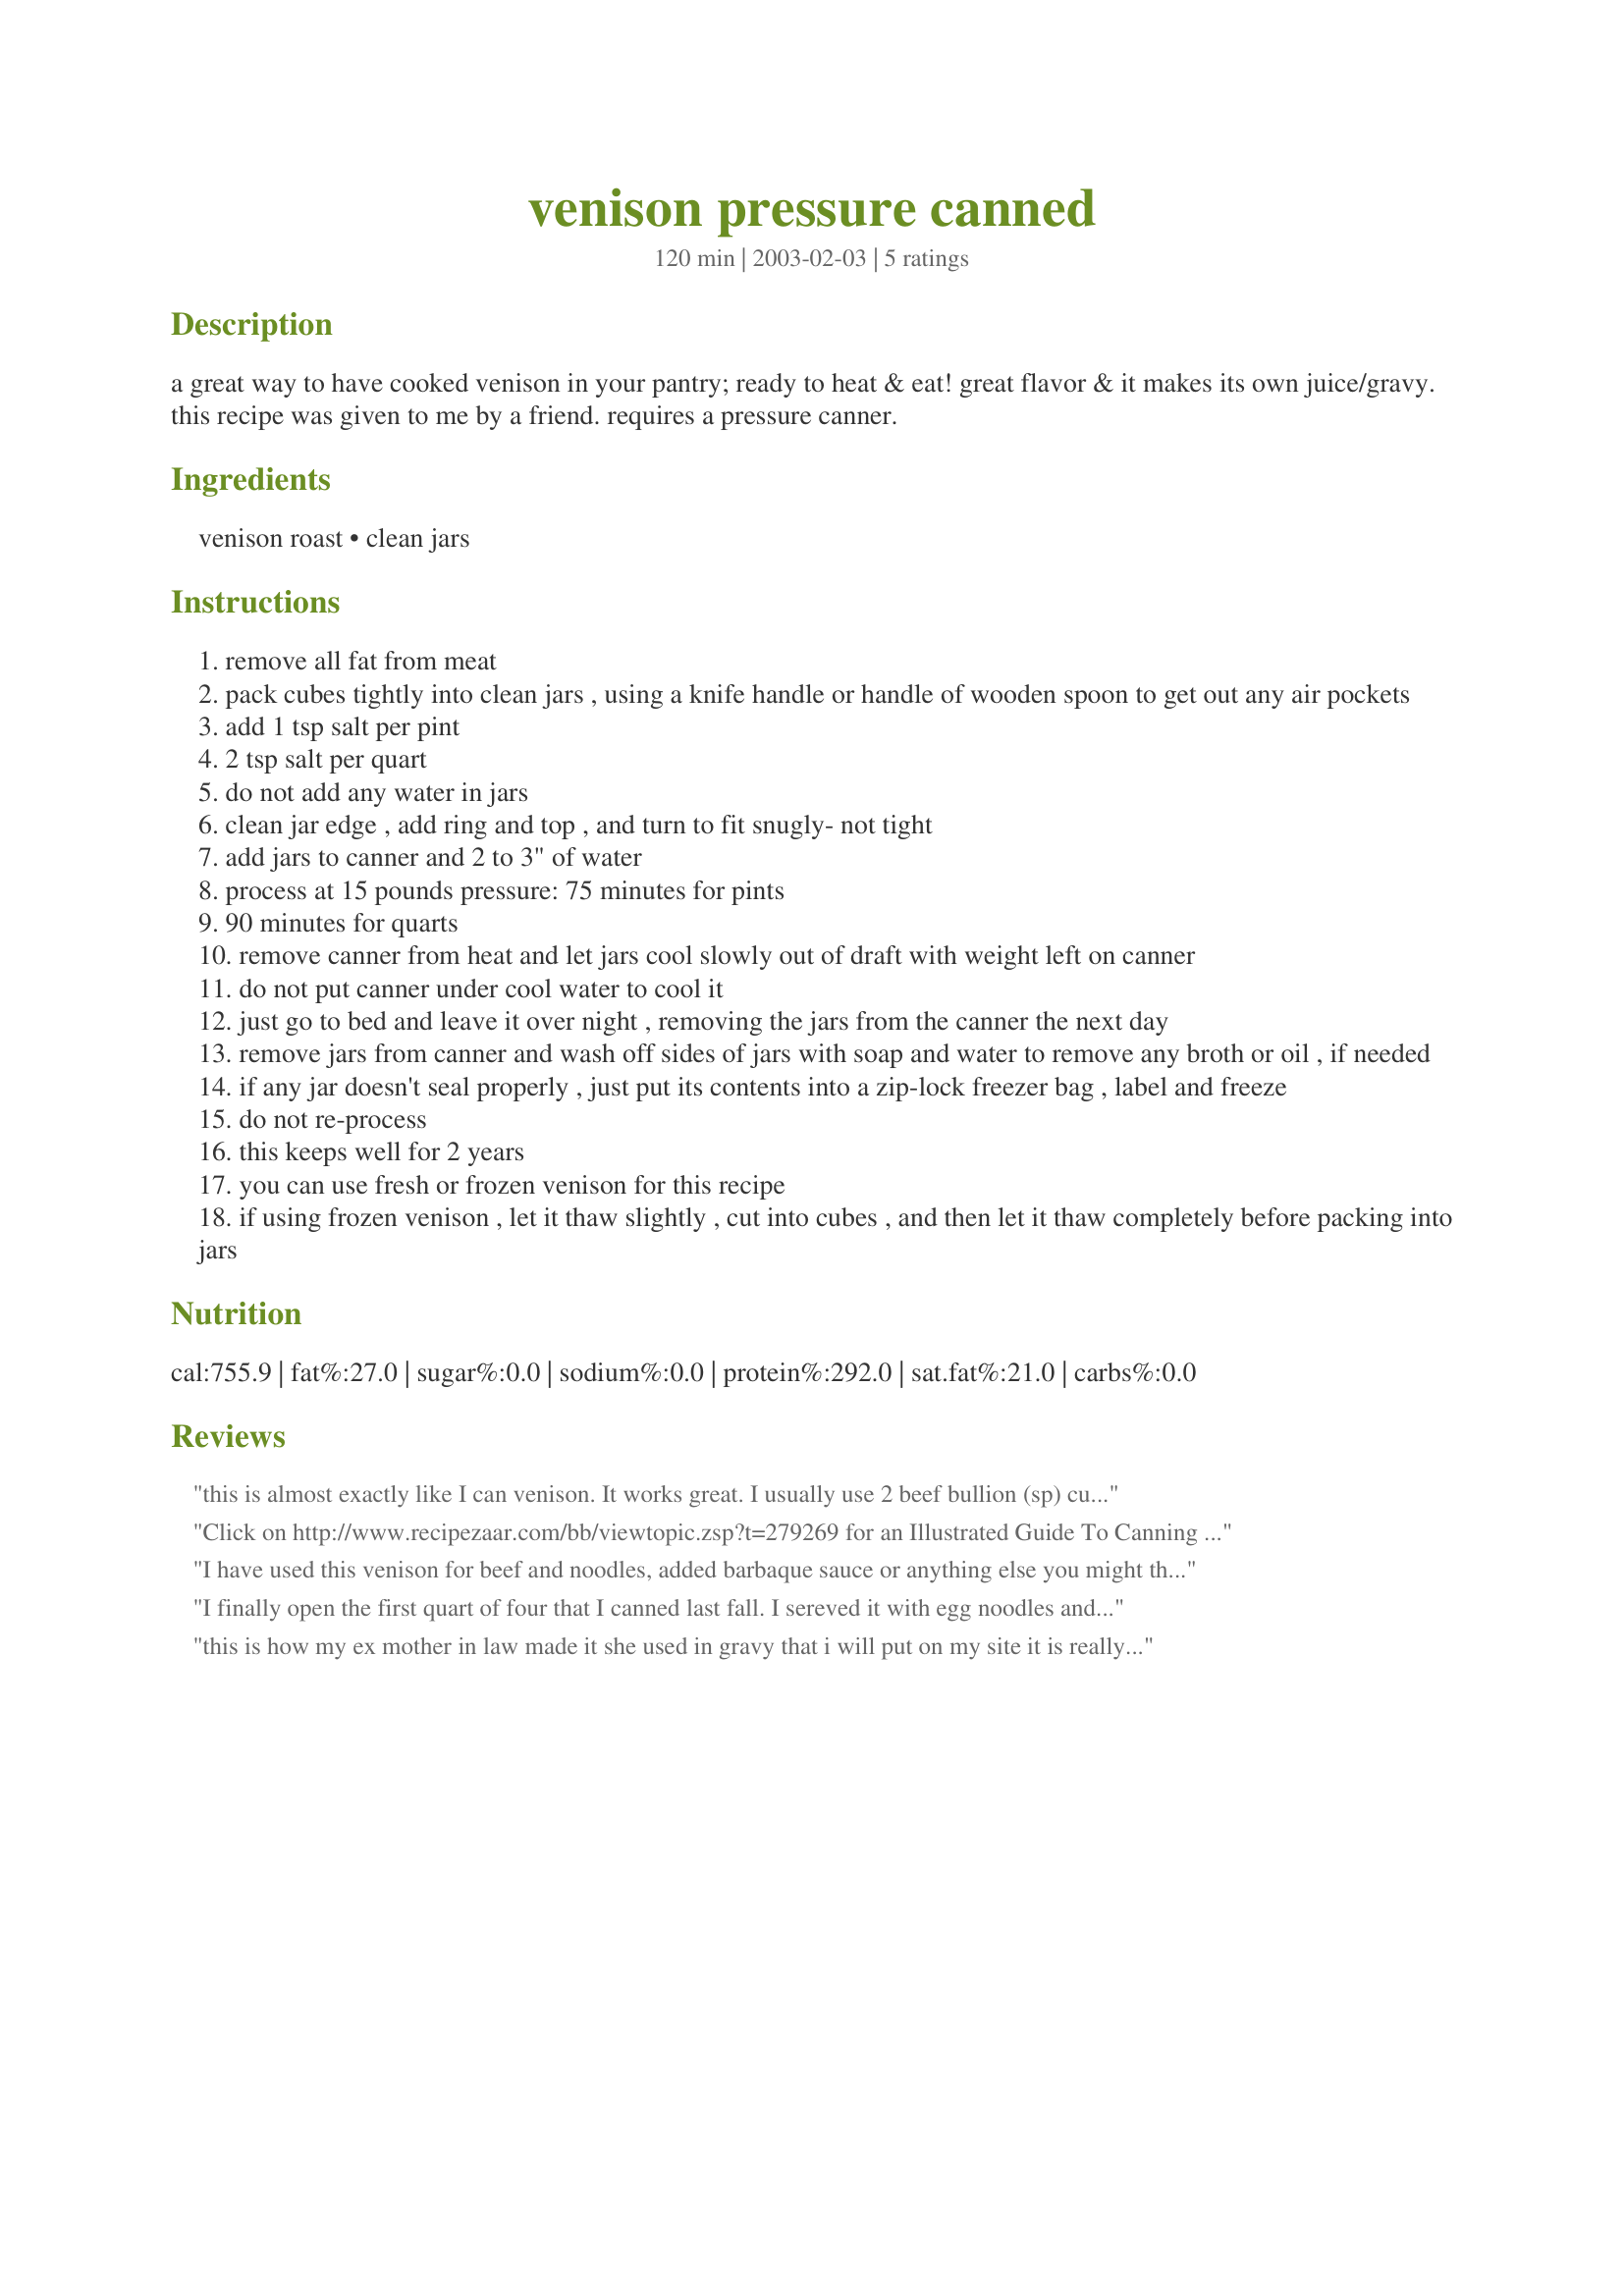
venison pressure canned
Preparation time: 120 minutes

a great way to have cooked venison in your pantry; ready to heat & eat! great flavor & it makes its own juice/gravy. this recipe was given to me by a friend. requires a pressure canner.

Ingredients:
venison roast, clean jars

Steps:
remove all fat from meat
pack cubes tightly into clean jars , using a knife handle or handle of wooden spoon to get out any air pockets
add 1 tsp salt per pint
2 tsp salt per quart
do not add any water in jars
clean jar edge , add ring and top , and turn to fit snugly- not tight
add jars to canner and 2 to 3" of water
process at 15 pounds pressure: 75 minutes for pints
90 minutes for quarts
remove canner from heat and let jars cool slowly out of draft with weight left on canner
do not put canner under cool water to cool it
just go to bed and leave it over night , removing the jars from the canner the next day
remove jars from canner and wash off sides of jars with soap and water to remove any broth or oil , if needed
if any jar doesn't seal properly , just put its contents into a zip-lock freezer bag , label and freeze
do not re-process
this keeps well for 2 years
you can use fresh or frozen venison for this recipe
if using frozen venison , let it thaw slightly , cut into cubes , and then let it thaw completely before packing into jars

Reviews:
this is almost exactly like I can venison. It works great. I usually use 2 beef bullion (sp) cubes per quart instead of the salt.
Click on http://www.recipezaar.com/bb/viewtopic.zsp?t=279269 for an Illustrated Guide To Canning Meat ~ Wild and Domestic
I have used this venison for beef and noodles, added barbaque sauce or anything else you might think of that uses canned beef. I also add bullion.
I finally open the first quart of four that I canned last fall. I sereved it with egg noodles and mashed potatoes. <br/>It was great. Very tender with no gamey flavor at all. The meat was somewhat bland out of the jar, but that is how I perfer it. I can add my own seasoning depending on what I am making. <br/>My son was very busy during deer season last year and only harvested one. Hope he fills his limit next year and I will can a lot more.<br/>I have a steer going in in 3 weeks. I will have them freeze me some big sections to can up. Don't know why it woudn't work on beef also. <br/>Great quick weekday meal. Thanks for the recipe
this is how my ex mother in law made it she used in gravy that i will put on my site it is really good thanks dee
